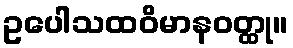
ဥပေါသထဝိမာနဝတ္ထု။